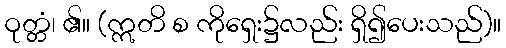
ဝုတ္တံ၊ ၏။ (ဣတိ စ ကိုရှေး၌လည်း ရှိ၍ပေးသည်)။